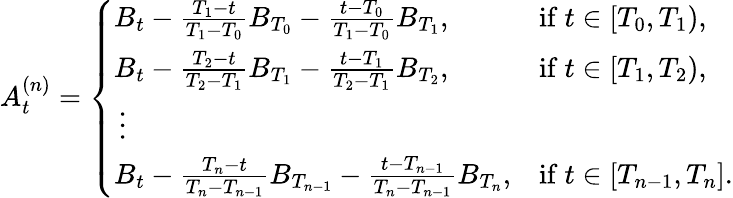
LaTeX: A_{t}^{(n)}=\left\{ \begin{array}{ll}{B_{t}-\frac{T_{1}-t}{T_{1}-T_{0}}B_{T_{0}}-\frac{t-T_{0}}{T_{1}-T_{0}}B_{T_{1}},}&{\mathrm{if~}t\in[T_{0},T_{1}),}\\ {B_{t}-\frac{T_{2}-t}{T_{2}-T_{1}}B_{T_{1}}-\frac{t-T_{1}}{T_{2}-T_{1}}B_{T_{2}},}&{\mathrm{if~}t\in[T_{1},T_{2}),}\\ {\, \vdots}\\ {B_{t}-\frac{T_{n}-t}{T_{n}-T_{n-1}}B_{T_{n-1}}-\frac{t-T_{n-1}}{T_{n}-T_{n-1}}B_{T_{n}},}&{\mathrm{if~}t\in[T_{n-1},T_{n}].}\end{array}\right.